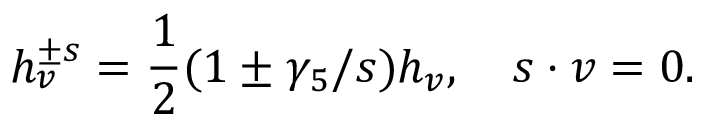
h _ { v } ^ { \pm s } = \frac { 1 } { 2 } ( 1 \pm \gamma _ { 5 } \slash { s } ) h _ { v } , \quad s \cdot v = 0 .